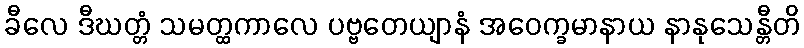
ခီလေ ဒီဃတ္တံ သမတ္ထကာလေ ပဗ္ဗတေယျာနံ အဝေက္ခမာနာယ နာနုသေန္တီတိ